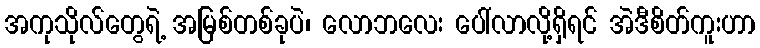
အကုသိုလ်တွေရဲ့ အမြစ်တစ်ခုပဲ၊ လောဘလေး ပေါ်လာလို့ရှိရင် အဲဒီစိတ်ကူးဟာ